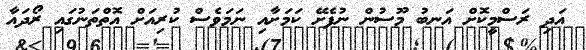
އަދި ރަސްމީކޮށް އަނބު މޫސުން ނުފެށޭ ކަމަށާއި ނަމަވެސް ކުރިއަށް އޮތްތަނުގައި ރޯދައާ